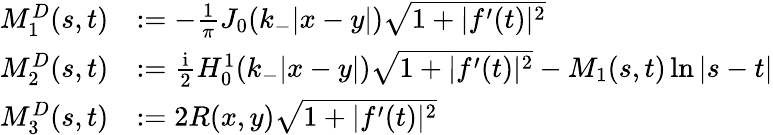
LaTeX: \begin{array}{rl}{M_{1}^{D}(s,t)}&{:=-\frac{1}{\pi}J_{0}(k_{-}|x-y|)\sqrt{1+|f^{\prime}(t)|^{2}}}\\ {M_{2}^{D}(s,t)}&{:=\frac{\textrm{i}}{2}H_{0}^{1}(k_{-}|x-y|)\sqrt{1+|f^{\prime}(t)|^{2}}-M_{1}(s,t)\ln|s-t|}\\ {M_{3}^{D}(s,t)}&{:=2R(x,y)\sqrt{1+|f^{\prime}(t)|^{2}}}\end{array}